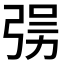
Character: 𰐘